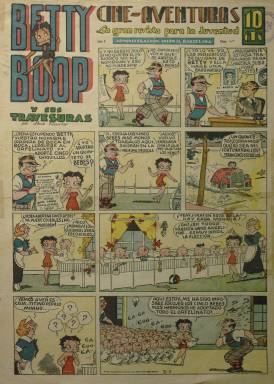
Título: Cine-aventuras (Barcelona)
Otros títulos: Cine aventuras || Betty Boop y sus travesuras || Betty Boop, cine-aventuras
Colección: Revistas infantiles
Ámbito geográfico: Barcelona
Lugar de publicación: Barcelona
Fechas: 01/01/1935-31/12/1936

Con el subtítulo “la gran revista de la juventud”, esta publicación, generalmente, de historietas gráficas -que también buscará como lector al público infantil de ambos sexos-, comienza a aparecer semanalmente, probablemente, en octubre de 1935, conociéndose también con el título alternativo de Betty Boop y sus travesuras, nombre del personaje principal de la serie que ocupará siempre su primera página, estampada en color. Se trata de las aventuras de la misma protagonista de la serie de cine de dibujos animados producida, a partir de 1932, por los dibujantes, caricaturistas y hermanos de origen judío Dave (1894-1979) y Max Fleischer (1883-1972), pioneros en este arte cinematográfico a través de Fleischer Studios, siendo Max el que aparece firmando la serie que la revista barcelonesa publica, con el correspondiente copyright. Su diseñador, en 1930 había sido el animador y director Grim Natwick (1890-1990). De ahí también que esta publicación adoptara el título de Cine-aventuras, al ser las de Betty Boop una de las primeras series de dibujos animados en ser trasladadas, desde la gran pantalla, en donde triunfaba al comienzo del cine hablado, a la historieta gráfica.

Betty Boop sería uno de los primeros personajes nacidos en el cine de dibujos animados con “un erotismo desbordante, a la vez que pícaro e ingenuo”, convertido en sex-symbol. Se trata de una joven que, dado su oficio de estrella cinematográfica, usaba falda ultra corta (aún no se llamaba minifalda) y que dejaba ver una liguero incitante, apareciendo ocasionalmente en topless. Un personaje involucrado en una serie de aventuras, que será calificado de “lascivo y sensual”, al tiempo que inocente, y caricatura anticipada de la pin-up. Esta “primera vampiresa animada”, como representación femenina del cómic humorístico erótico, tuvo serios problemas al ser acusada de inmoral, por lo que su falda tuvo que ser alargada y su liga arrancada, terminando siendo víctima del puritanismo y censurada a finales de la década de los treinta (Terenci Moix: 1968; Georges Sadoul: 1987; Jacqueline Mouesca: 2001, y María Lorenzo Hernández: 2017).

La revista española que publicó su historieta gráfica y por la que se le conoce también, fue obra de la barcelonesa Editorial Marco, especializada en colecciones de tebeos, cómics y de literatura popular. Sus entregas son de ocho páginas, en las que intercala las planchas en blanco y negro y las de color. En estas inserta también otras series de historietas norteamericanas, entre las que se encuentran La gatita princesa, por Ed. Anthony y dibujos de Grace Drayton; Skippy y Siempre Marujilla, ambas de Percy Crosby; Las maravillosas aventuras de Johnny alrededor del mundo (= Jonny Round-the-world), por William La Varre; o en blanco y negro, como las tituladas Dos que no se casarán nunca y Makako y compañía, ambas por Cliff Sterrett, así como Las aventuras de los Fratellini, entre otras. Todas ellas con su correspondiente copyright. También aparecen publicadas historietas de autores españoles, como la titulada Las grandes cacerías submarinas, cuyo creador literario es J. Callejas y su ilustrador F. Darnis. Así mismo, inserta narraciones en serie, textos acompañados de dibujos, bajo los títulos El hombre relámpago, El sargento Juan Dupont o El pequeño grumete, entre otros.

La revista fue impresa por Talleres Gráficos Irández, y al final de la última página de sus primeras diez entregas se indica su correspondencia a La Risa infantil, otra revista de cómics que Tomás Marco Debón también había comenzado a publicar en el año 1925, expresando en su indicación “segunda edición” a sus números 569 a 578. A un precio de 10 céntimos el ejemplar, incluía un cupón para obtener un obsequio con la denominación: “Miss Betty, Gran Teatro Betty Boop”. Cine-aventuras lleva su propia secuencia y su entrega número 12 inicia su segundo año de edición, es decir 1936. Su colección en la Biblioteca Nacional de España no es completa, faltándole cinco entregas, y acaba en la número 46. Debió seguir publicando más, pues Antonio Martín (2000), señala que “este tebeo empeora progresivamente en calidad”, citando el número 50. En 1937, Marco dejó de publicar tebeos y durante el franquismo –aunque había sido un editor republicano no afecto al nuevo régimen- siguió editando varios títulos de colecciones y cuadernos de cómics, incluido el tebeo La Risa infantil. La principal bibliografía para la historia del cómic y los tebeos españoles es la de Antonio Martín, en concreto sus trabajos de 1978, 2000 y 2011.